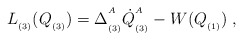
\begin{align*}L_{_{(3)}}(Q_{_{(3)}})=\Delta _{_{(3)}}^{^{A}}\dot{Q}_{_{(3)}}^{^{A}}-W(Q_{_{(1)}})\;,\end{align*}